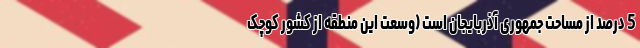
5 درصد از مساحت جمهوری آذربایجان است (وسعت این منطقه از کشور کوچک